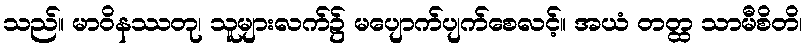
သည်။ မာဝိနဿတု၊ သူများလက်၌ မပျောက်ပျက်စေလင့်။ အယံ တတ္ထ သာမီစိတိ၊